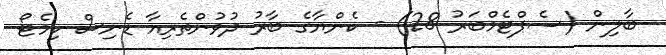
ބާލިން (ސެޕްޓެމްބަރު 28) - ކެންޔާގެ ބާރު ދުވުންތެރިއާ ޑެނިސް ކިމެޓޯ